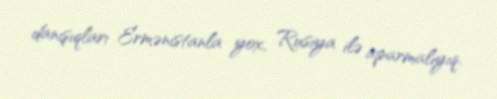
danışıqları Ermənistanla yox, Rusiya ilə aparmalıyıq.